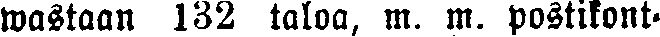
wastaan 132 taloa, m. m. postikont-